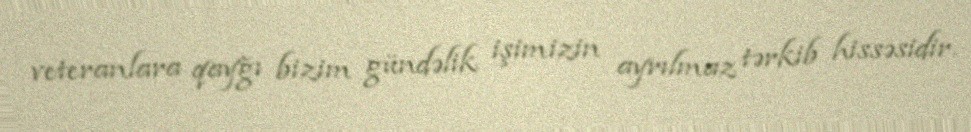
veteranlara qayğı bizim gündəlik işimizin ayrılmaz tərkib hissəsidir.